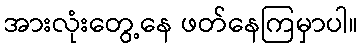
အားလုံးတွေ့နေ ဖတ်နေကြမှာပါ။